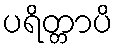
ပရိတ္တာပိ